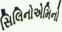
સિલિનોએમિનો